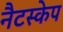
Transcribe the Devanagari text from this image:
नैटस्केप